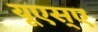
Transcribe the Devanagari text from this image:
यूएस्‌ए